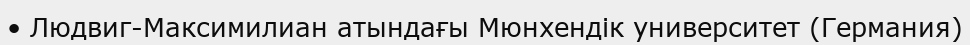
• Людвиг-Максимилиан атындағы Мюнхендік университет (Германия)